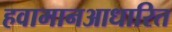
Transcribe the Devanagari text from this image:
हवामानआधारित